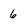
Character: 6